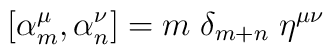
[\alpha_m^{\mu},\alpha_n^{\nu}]=m\; \delta_{m+n}\;\eta^{\mu \nu}